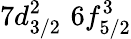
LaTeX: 7d_{3/2}^{2}\, \, 6f_{5/2}^{3}